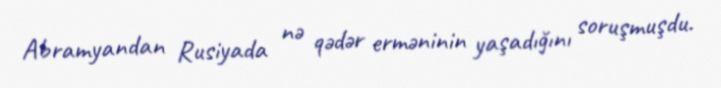
Abramyandan Rusiyada nə qədər erməninin yaşadığını soruşmuşdu.